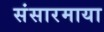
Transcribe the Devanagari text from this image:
संसारमाया